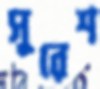
সুরেশ